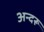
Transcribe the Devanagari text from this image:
अन्दरू